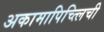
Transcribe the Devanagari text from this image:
अकामापिच्त्लिची